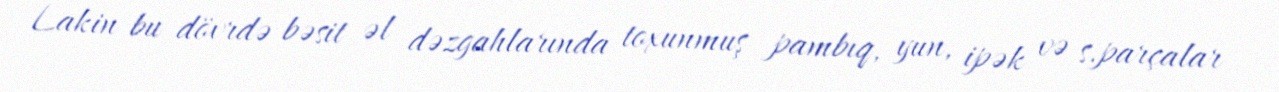
Lakin bu dövrdə bəsit əl dəzgahlarında toxunmuş pambıq, yun, ipək və s.parçalar